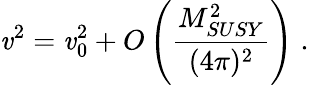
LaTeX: \mathit{v}^{2}=\mathit{v}_{0}^{2}+O\left(\frac{{M_{SUSY}^{2}}}{{(4\pi)^{2}}}\right)\; .